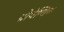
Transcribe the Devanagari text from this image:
ग्रोथेण्डिक